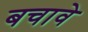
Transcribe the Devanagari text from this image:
बचावे